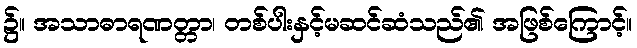
၌။ အသာဓာရဏတ္တာ၊ တစ်ပါးနှင့်မဆင်ဆံသည်၏ အဖြစ်ကြောင့်။